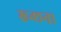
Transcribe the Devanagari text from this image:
ख्न्छना